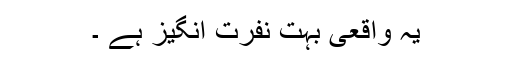
یہ واقعی بہت نفرت انگیز ہے ۔